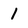
Character: 1